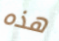
هذه